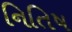
નિતિષ